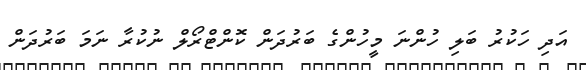
އަދި ހަކުރު ބަލި ހުންނަ މީހުންގެ ބަރުދަން ކޮންޓްރޯލް ނުކުރާ ނަމަ ބަރުދަން